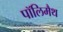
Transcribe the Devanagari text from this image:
पॉलिमैथ